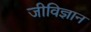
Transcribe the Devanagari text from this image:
जीविज्ञान